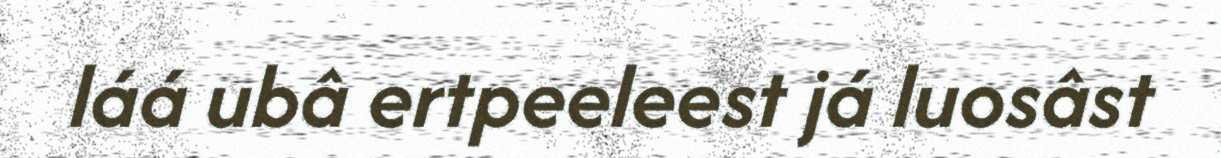
láá ubâ ertpeeleest já luosâst